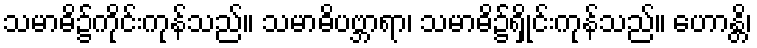
သမာဓိ၌ကိုင်းကုန်သည်။ သမာဓိပဗ္ဘာရာ၊ သမာဓိ၌ရှိုင်းကုန်သည်။ ဟောန္တိ၊